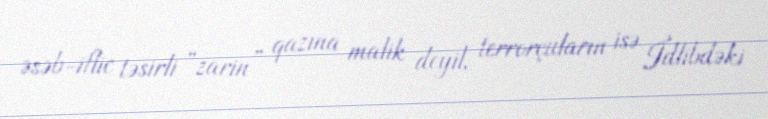
əsəb-iflic təsirli “zarin” qazına malik deyil, terrorçuların isə İdlibdəki